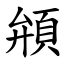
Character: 䪻